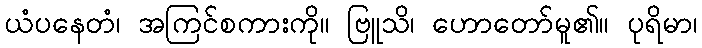
ယံပနေတံ၊ အကြင်စကားကို။ ဗြူသိ၊ ဟောတော်မူ၏။ ပုရိမာ၊